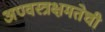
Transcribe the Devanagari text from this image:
अण्वस्त्रक्षमतेची